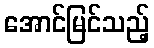
အောင်မြင်သည့်